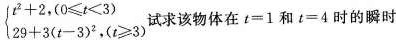
\begin {cases}